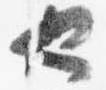
也